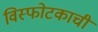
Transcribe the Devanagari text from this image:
विस्फोटकाची